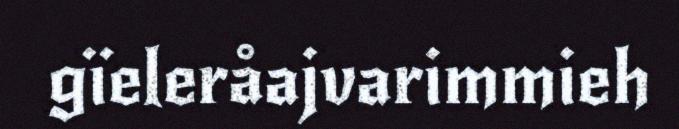
gïeleråajvarimmieh